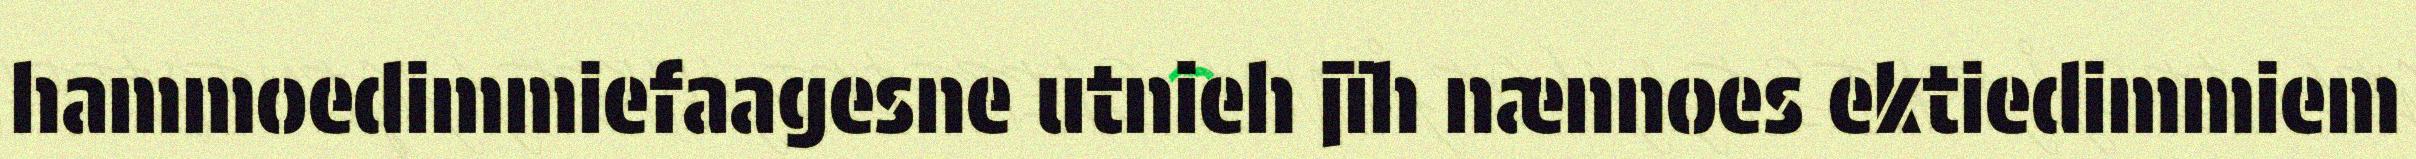
hammoedimmiefaagesne utnieh jïh nænnoes ektiedimmiem